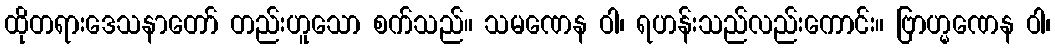
ထိုတရားဒေသနာတော် တည်းဟူသော စက်သည်။ သမဏေန ဝါ၊ ရဟန်းသည်လည်းကောင်း။ ဗြာဟ္မဏေန ဝါ၊